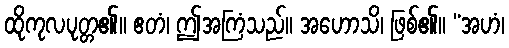
ထိုကုလပုတ္တ၏။ ဧတံ၊ ဤအကြံသည်။ အဟောသိ၊ ဖြစ်၏။ “အဟံ၊